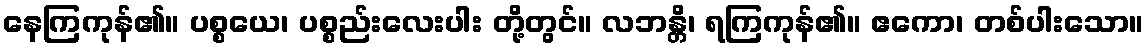
နေကြကုန်၏။ ပစ္စယေ၊ ပစ္စည်းလေးပါး တို့တွင်။ လဘန္တိ၊ ရကြကုန်၏။ ဧကော၊ တစ်ပါးသော။